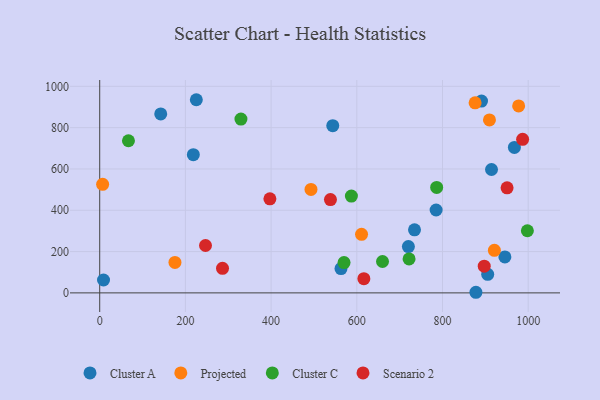
{"axis": {"x": "Study Hours", "y": "Fuel Efficiency"}, "legend": ["Cluster A", "Cluster C", "Projected", "Scenario 2"], "data": [{"x": "878.0", "y": 3.0, "type": "Cluster A"}, {"x": "225.5", "y": 935.1, "type": "Cluster A"}, {"x": "967.8", "y": 704.0, "type": "Cluster A"}, {"x": "945.6", "y": 174.2, "type": "Cluster A"}, {"x": "785.1", "y": 401.2, "type": "Cluster A"}, {"x": "142.4", "y": 866.3, "type": "Cluster A"}, {"x": "563.1", "y": 117.8, "type": "Cluster A"}, {"x": "218.5", "y": 669.1, "type": "Cluster A"}, {"x": "720.4", "y": 224.3, "type": "Cluster A"}, {"x": "891.0", "y": 928.6, "type": "Cluster A"}, {"x": "914.4", "y": 597.4, "type": "Cluster A"}, {"x": "543.9", "y": 809.3, "type": "Cluster A"}, {"x": "905.5", "y": 89.9, "type": "Cluster A"}, {"x": "8.9", "y": 62.5, "type": "Cluster A"}, {"x": "734.7", "y": 305.2, "type": "Cluster A"}, {"x": "6.8", "y": 525.7, "type": "Projected"}, {"x": "921.1", "y": 206.1, "type": "Projected"}, {"x": "175.6", "y": 147.3, "type": "Projected"}, {"x": "876.1", "y": 919.9, "type": "Projected"}, {"x": "909.6", "y": 837.5, "type": "Projected"}, {"x": "977.7", "y": 905.1, "type": "Projected"}, {"x": "493.1", "y": 500.8, "type": "Projected"}, {"x": "611.1", "y": 283.6, "type": "Projected"}, {"x": "329.6", "y": 841.2, "type": "Cluster C"}, {"x": "722.0", "y": 164.2, "type": "Cluster C"}, {"x": "570.2", "y": 146.9, "type": "Cluster C"}, {"x": "998.1", "y": 300.8, "type": "Cluster C"}, {"x": "660.0", "y": 151.9, "type": "Cluster C"}, {"x": "786.4", "y": 510.4, "type": "Cluster C"}, {"x": "587.4", "y": 468.5, "type": "Cluster C"}, {"x": "67.1", "y": 736.6, "type": "Cluster C"}, {"x": "246.9", "y": 229.4, "type": "Scenario 2"}, {"x": "987.0", "y": 743.6, "type": "Scenario 2"}, {"x": "950.7", "y": 508.7, "type": "Scenario 2"}, {"x": "897.4", "y": 129.3, "type": "Scenario 2"}, {"x": "616.5", "y": 68.6, "type": "Scenario 2"}, {"x": "397.2", "y": 455.6, "type": "Scenario 2"}, {"x": "286.6", "y": 118.9, "type": "Scenario 2"}, {"x": "538.5", "y": 451.8, "type": "Scenario 2"}]}